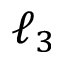
\ell _ { 3 }